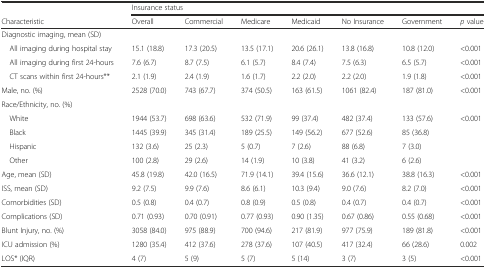
<table><thead><tr><td></td><td colspan="7"><b>Insurance status</b></td></tr><tr><td><b>Characteristic</b></td><td><b>Overall</b></td><td><b>Commercial</b></td><td><b>Medicare</b></td><td><b>Medicaid</b></td><td><b>No Insurance</b></td><td><b>Government</b></td><td><b><i>p</i> value</b></td></tr></thead><tbody><tr><td>Diagnostic imaging, mean (SD)</td><td></td><td></td><td></td><td></td><td></td><td></td><td></td></tr><tr><td> All imaging during hospital stay</td><td>15.1 (18.8)</td><td>17.3 (20.5)</td><td>13.5 (17.1)</td><td>20.6 (26.1)</td><td>13.8 (16.8)</td><td>10.8 (12.0)</td><td>&lt;0.001</td></tr><tr><td> All imaging during first 24-hours</td><td>7.6 (6.7)</td><td>8.7 (7.5)</td><td>6.1 (5.7)</td><td>8.4 (7.4)</td><td>7.5 (6.3)</td><td>6.5 (5.7)</td><td>&lt;0.001</td></tr><tr><td> CT scans within first 24-hours**</td><td>2.1 (1.9)</td><td>2.4 (1.9)</td><td>1.6 (1.7)</td><td>2.2 (2.0)</td><td>2.2 (2.0)</td><td>1.9 (1.8)</td><td>&lt;0.001</td></tr><tr><td>Male, no. (%)</td><td>2528 (70.0)</td><td>743 (67.7)</td><td>374 (50.5)</td><td>163 (61.5)</td><td>1061 (82.4)</td><td>187 (81.0)</td><td>&lt;0.001</td></tr><tr><td>Race/Ethnicity, no. (%)</td><td></td><td></td><td></td><td></td><td></td><td></td><td></td></tr><tr><td> White</td><td>1944 (53.7)</td><td>698 (63.6)</td><td>532 (71.9)</td><td>99 (37.4)</td><td>482 (37.4)</td><td>133 (57.6)</td><td>&lt;0.001</td></tr><tr><td> Black</td><td>1445 (39.9)</td><td>345 (31.4)</td><td>189 (25.5)</td><td>149 (56.2)</td><td>677 (52.6)</td><td>85 (36.8)</td><td></td></tr><tr><td> Hispanic</td><td>132 (3.6)</td><td>25 (2.3)</td><td>5 (0.7)</td><td>7 (2.6)</td><td>88 (6.8)</td><td>7 (3.0)</td><td></td></tr><tr><td> Other</td><td>100 (2.8)</td><td>29 (2.6)</td><td>14 (1.9)</td><td>10 (3.8)</td><td>41 (3.2)</td><td>6 (2.6)</td><td></td></tr><tr><td>Age, mean (SD)</td><td>45.8 (19.8)</td><td>42.0 (16.5)</td><td>71.9 (14.1)</td><td>39.4 (15.6)</td><td>36.6 (12.1)</td><td>38.8 (16.3)</td><td>&lt;0.001</td></tr><tr><td>ISS, mean (SD)</td><td>9.2 (7.5)</td><td>9.9 (7.6)</td><td>8.6 (6.1)</td><td>10.3 (9.4)</td><td>9.0 (7.6)</td><td>8.2 (7.0)</td><td>&lt;0.001</td></tr><tr><td>Comorbidities (SD)</td><td>0.5 (0.8)</td><td>0.4 (0.7)</td><td>0.8 (0.9)</td><td>0.5 (0.8)</td><td>0.4 (0.7)</td><td>0.4 (0.7)</td><td>&lt;0.001</td></tr><tr><td>Complications (SD)</td><td>0.71 (0.93)</td><td>0.70 (0.91)</td><td>0.77 (0.93)</td><td>0.90 (1.35)</td><td>0.67 (0.86)</td><td>0.55 (0.68)</td><td>&lt;0.001</td></tr><tr><td>Blunt Injury, no. (%)</td><td>3058 (84.0)</td><td>975 (88.9)</td><td>700 (94.6)</td><td>217 (81.9)</td><td>977 (75.9)</td><td>189 (81.8)</td><td>&lt;0.001</td></tr><tr><td>ICU admission (%)</td><td>1280 (35.4)</td><td>412 (37.6)</td><td>278 (37.6)</td><td>107 (40.5)</td><td>417 (32.4)</td><td>66 (28.6)</td><td>0.002</td></tr><tr><td>LOS* (IQR)</td><td>4 (7)</td><td>5 (9)</td><td>5 (7)</td><td>5 (14)</td><td>3 (7)</td><td>3 (5)</td><td>&lt;0.001</td></tr></tbody></table>